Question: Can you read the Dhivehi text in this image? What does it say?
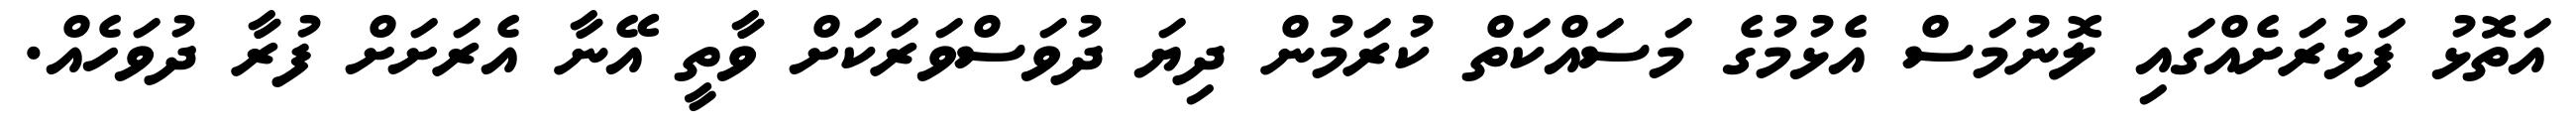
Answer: އަތޮޅު ފަޅުރަށެއްގައި ލޮނުމަސް އެޅުމުގެ މަސައްކަތް ކުރަމުން ދިޔަ ދުވަސްވަރަކަށް ވާތީ އޭނާ އެރަށަށް ފުރާ ދުވަހެއް.